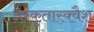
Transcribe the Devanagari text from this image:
अस्कुतास्क्वैश